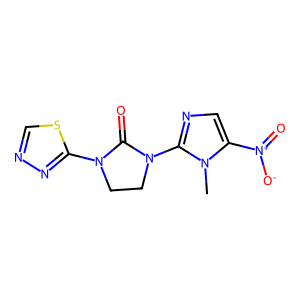
SMILES: Cn1c([N+](=O)[O-])cnc1N1CCN(c2nncs2)C1=O
Inhibits HIV replication: No